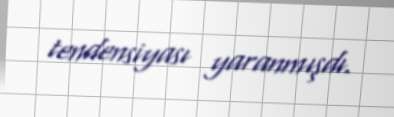
tendensiyası yaranmışdı.